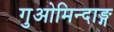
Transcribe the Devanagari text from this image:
गुओमिन्दाङ्ग